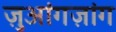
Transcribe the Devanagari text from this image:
ज़ुआंगज़ांग